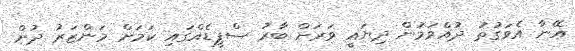
އޭނާ އެވަގުތު ދުއްވަމުން ދިޔައީ ވަރަށް ބާރު ސްޕީޑެއްގައި ކަމަށް މަންޒަރު ދުށް